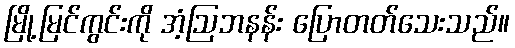
မြို့မြင်ကွင်းကို အံ့ဩဘနန်း ပြောတတ်သေးသည်။